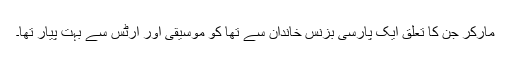
مارکر جن کا تعلق ایک پارسی بزنس خاندان سے تھا کو موسیقی اور آرٹس سے بہت پیار تھا۔